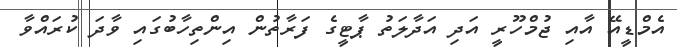
އެމްޑީއޭ އާއި ޖުމްހޫރީ އަދި އަދާލަތު ޕާޓީގެ ފަރާތުން އިންތިހާބުގައި ވާދަ ކުރައްވާ